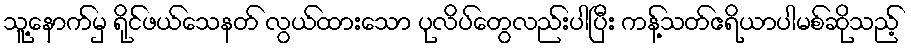
သူ့နောက်မှ ရိုင်ဖယ်သေနတ် လွယ်ထားသော ပုလိပ်တွေလည်းပါပြီး ကန့်သတ်ဧရိယာပါမစ်ဆိုသည့်